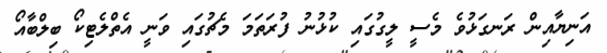
އަނިޔާއިން ރަނގަޅުވެ މެސީ ލީގުގައި ކުޅުނު ފުރަތަމަ މެޗުގައި ވަނީ އެތްލެޓިކޯ ބިލްބާއޯ